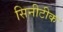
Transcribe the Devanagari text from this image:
सिनीटीक